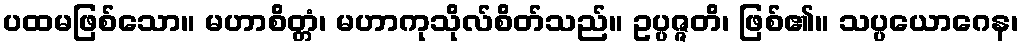
ပထမဖြစ်သော။ မဟာစိတ္တံ၊ မဟာကုသိုလ်စိတ်သည်။ ဥပ္ပဇ္ဇတိ၊ ဖြစ်၏။ သပ္ပယောဂေန၊